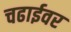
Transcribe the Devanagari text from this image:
चढाईवर